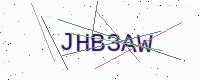
Text: JHB3AW